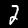
Label: 2